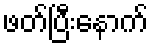
ဖတ်ပြီးနောက်